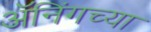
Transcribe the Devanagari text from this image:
ॲनिंगच्या